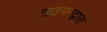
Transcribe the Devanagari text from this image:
साइमनद्वारा